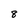
Character: 8